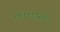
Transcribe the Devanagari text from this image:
एपिफाइसील